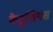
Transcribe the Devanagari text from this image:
कैडुशियस